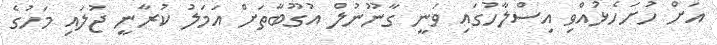
އަށް ހުށަހެޅުއްވި އިސްލާހުގައި ވަނީ ގާނޫނުލް އުގޫބާތަށް އަމަލު ކުރާނީ ޖުލައި މަހުގެ